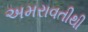
અમરાવતીથી